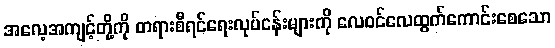
အလေ့အကျင့်တို့ကို တရားစီရင်ရေးလုပ်ငန်းများကို လေဝင်လေထွက်ကောင်းစေသော